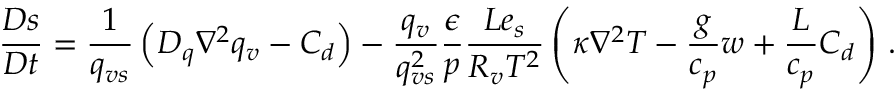
\frac { D s } { D t } = \frac { 1 } { q _ { v s } } \left( D _ { q } \nabla ^ { 2 } q _ { v } - C _ { d } \right) - \frac { q _ { v } } { q _ { v s } ^ { 2 } } \frac { \epsilon } { p } \frac { L e _ { s } } { R _ { v } T ^ { 2 } } \left( \kappa \nabla ^ { 2 } T - \frac { g } { c _ { p } } w + \frac { L } { c _ { p } } C _ { d } \right) \, .